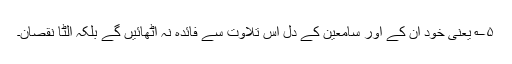
۵؎ یعنی خود ان کے اور سامعین کے دل اس تلاوت سے فائدہ نہ اٹھائیں گے بلکہ الٹا نقصان۔